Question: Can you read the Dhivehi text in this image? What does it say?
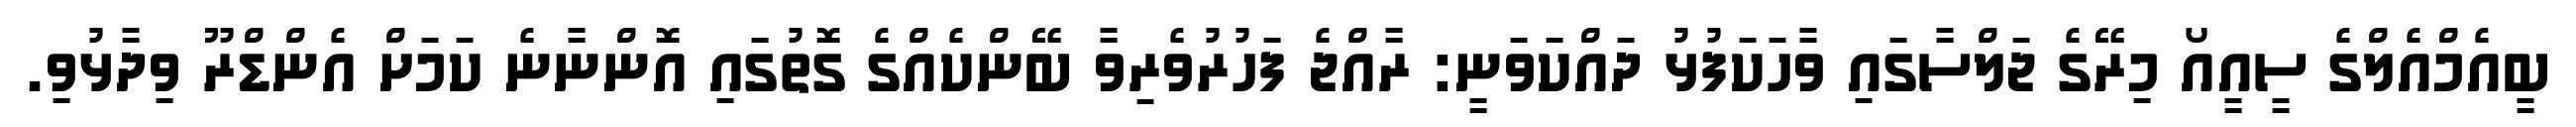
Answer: ބީއެމްއެލްގެ ސީއީއޯ މިރޭގެ ޖަލްސާގައި ވާހަކަފުޅު ދައްކަވަނީ: ރާއްޖެ ފަހުރުވެރިވާ ބޭންކެއްގެ ގޮތުގައި އޮންނާނެ ކަމަށް އެންޑްރޫ ވިދާޅުވި.